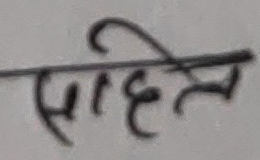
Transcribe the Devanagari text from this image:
साहेल